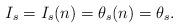
LaTeX: \begin{align*}I_s = I_s(n)=\theta_s(n) =\theta_s.\end{align*}